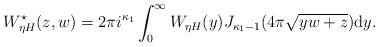
LaTeX: \begin{align*}W^{\star}_{\eta H}(z,w)=2\pi i^{\kappa_1}\int_{0}^{\infty}W_{\eta H}(y)J_{\kappa_1-1}(4\pi\sqrt{yw+z})\mathrm{d}y.\end{align*}